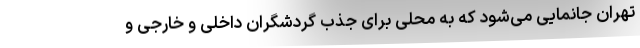
تهران جانمایی می‌شود که به محلی برای جذب گردشگران داخلی و خارجی و